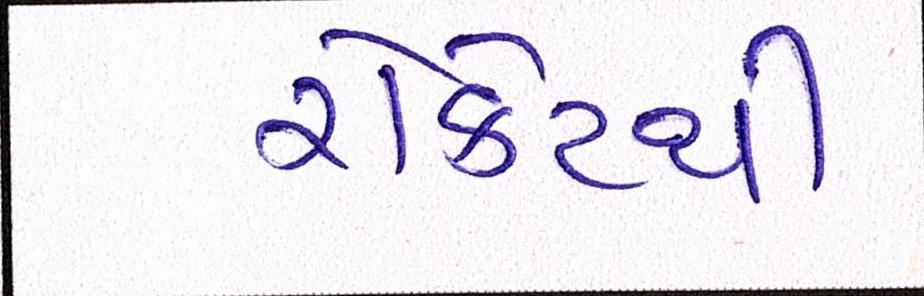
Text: રોકેટથી